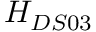
H _ { D S 0 3 }